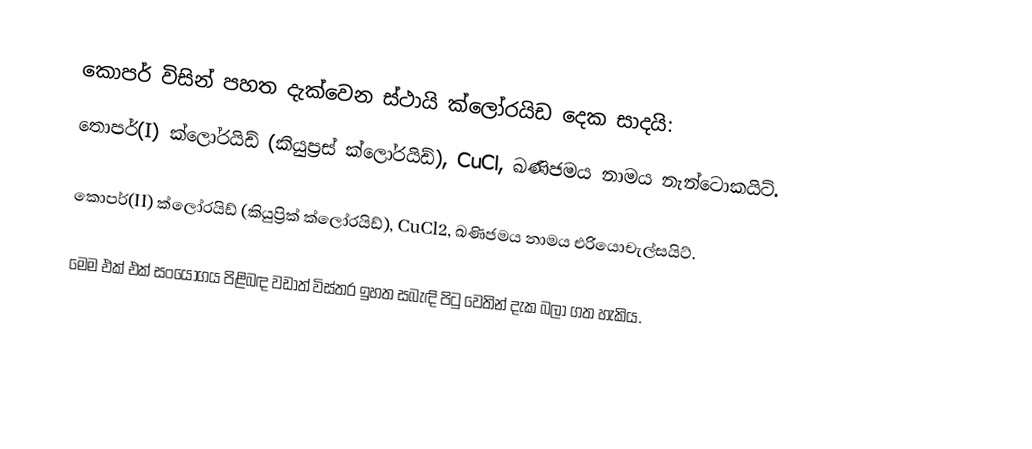
කොපර් විසින් පහත දැක්වෙන ස්ථායි ක්ලෝරයිඩ දෙක සාදයි:
තොපර්(I) ක්ලෝරයිඩ් (කියුප්‍රස් ක්ලෝරයිඩ්), CuCl, ඛණිජමය නාමය නැන්ටොකයිට්.

කොපර්(II) ක්ලෝරයිඩ් (කියුප්‍රික් ක්ලෝරයිඩ්), CuCl2, ඛණිජමය නාමය එරියොචැල්සයිට්.

මෙම එක් එක් සංයෝගය පිළිබඳ වඩාත් විස්තර ඉහත සබැඳි පිටු වෙතින් දැක බලා ගත හැකිය.